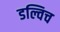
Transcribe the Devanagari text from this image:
डल्विच